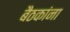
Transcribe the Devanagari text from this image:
बैठकांना